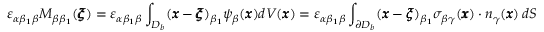
\varepsilon _ { \alpha \beta _ { 1 } \beta } M _ { \beta \beta _ { 1 } } ( { \pmb \xi } ) = \varepsilon _ { \alpha \beta _ { 1 } \beta } \int _ { { D _ { b } } } ( { \pmb x } - { \pmb \xi } ) _ { \beta _ { 1 } } \psi _ { \beta } ( { \pmb x } ) d V ( { \pmb x } ) = \varepsilon _ { \alpha \beta _ { 1 } \beta } \int _ { \partial D _ { b } } ( { \pmb x } - { \pmb \xi } ) _ { \beta _ { 1 } } { \sigma } _ { \beta \gamma } ( { \pmb x } ) \cdot { n } _ { \gamma } ( { \pmb x } ) \, d S